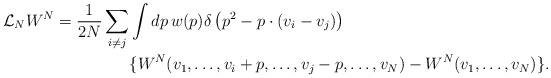
\begin{align*}{\cal{L}}_N W^N=\frac{1}{2N}\sum_{i\neq j}&\int dp\, w(p)\delta\left( p^2-p\cdot (v_i-v_j)\right)\\&\{W^N(v_1,\ldots, v_{i}+p,\ldots, v_{j}-p, \ldots, v_N)-W^N(v_1,\ldots, v_N)\}.\end{align*}